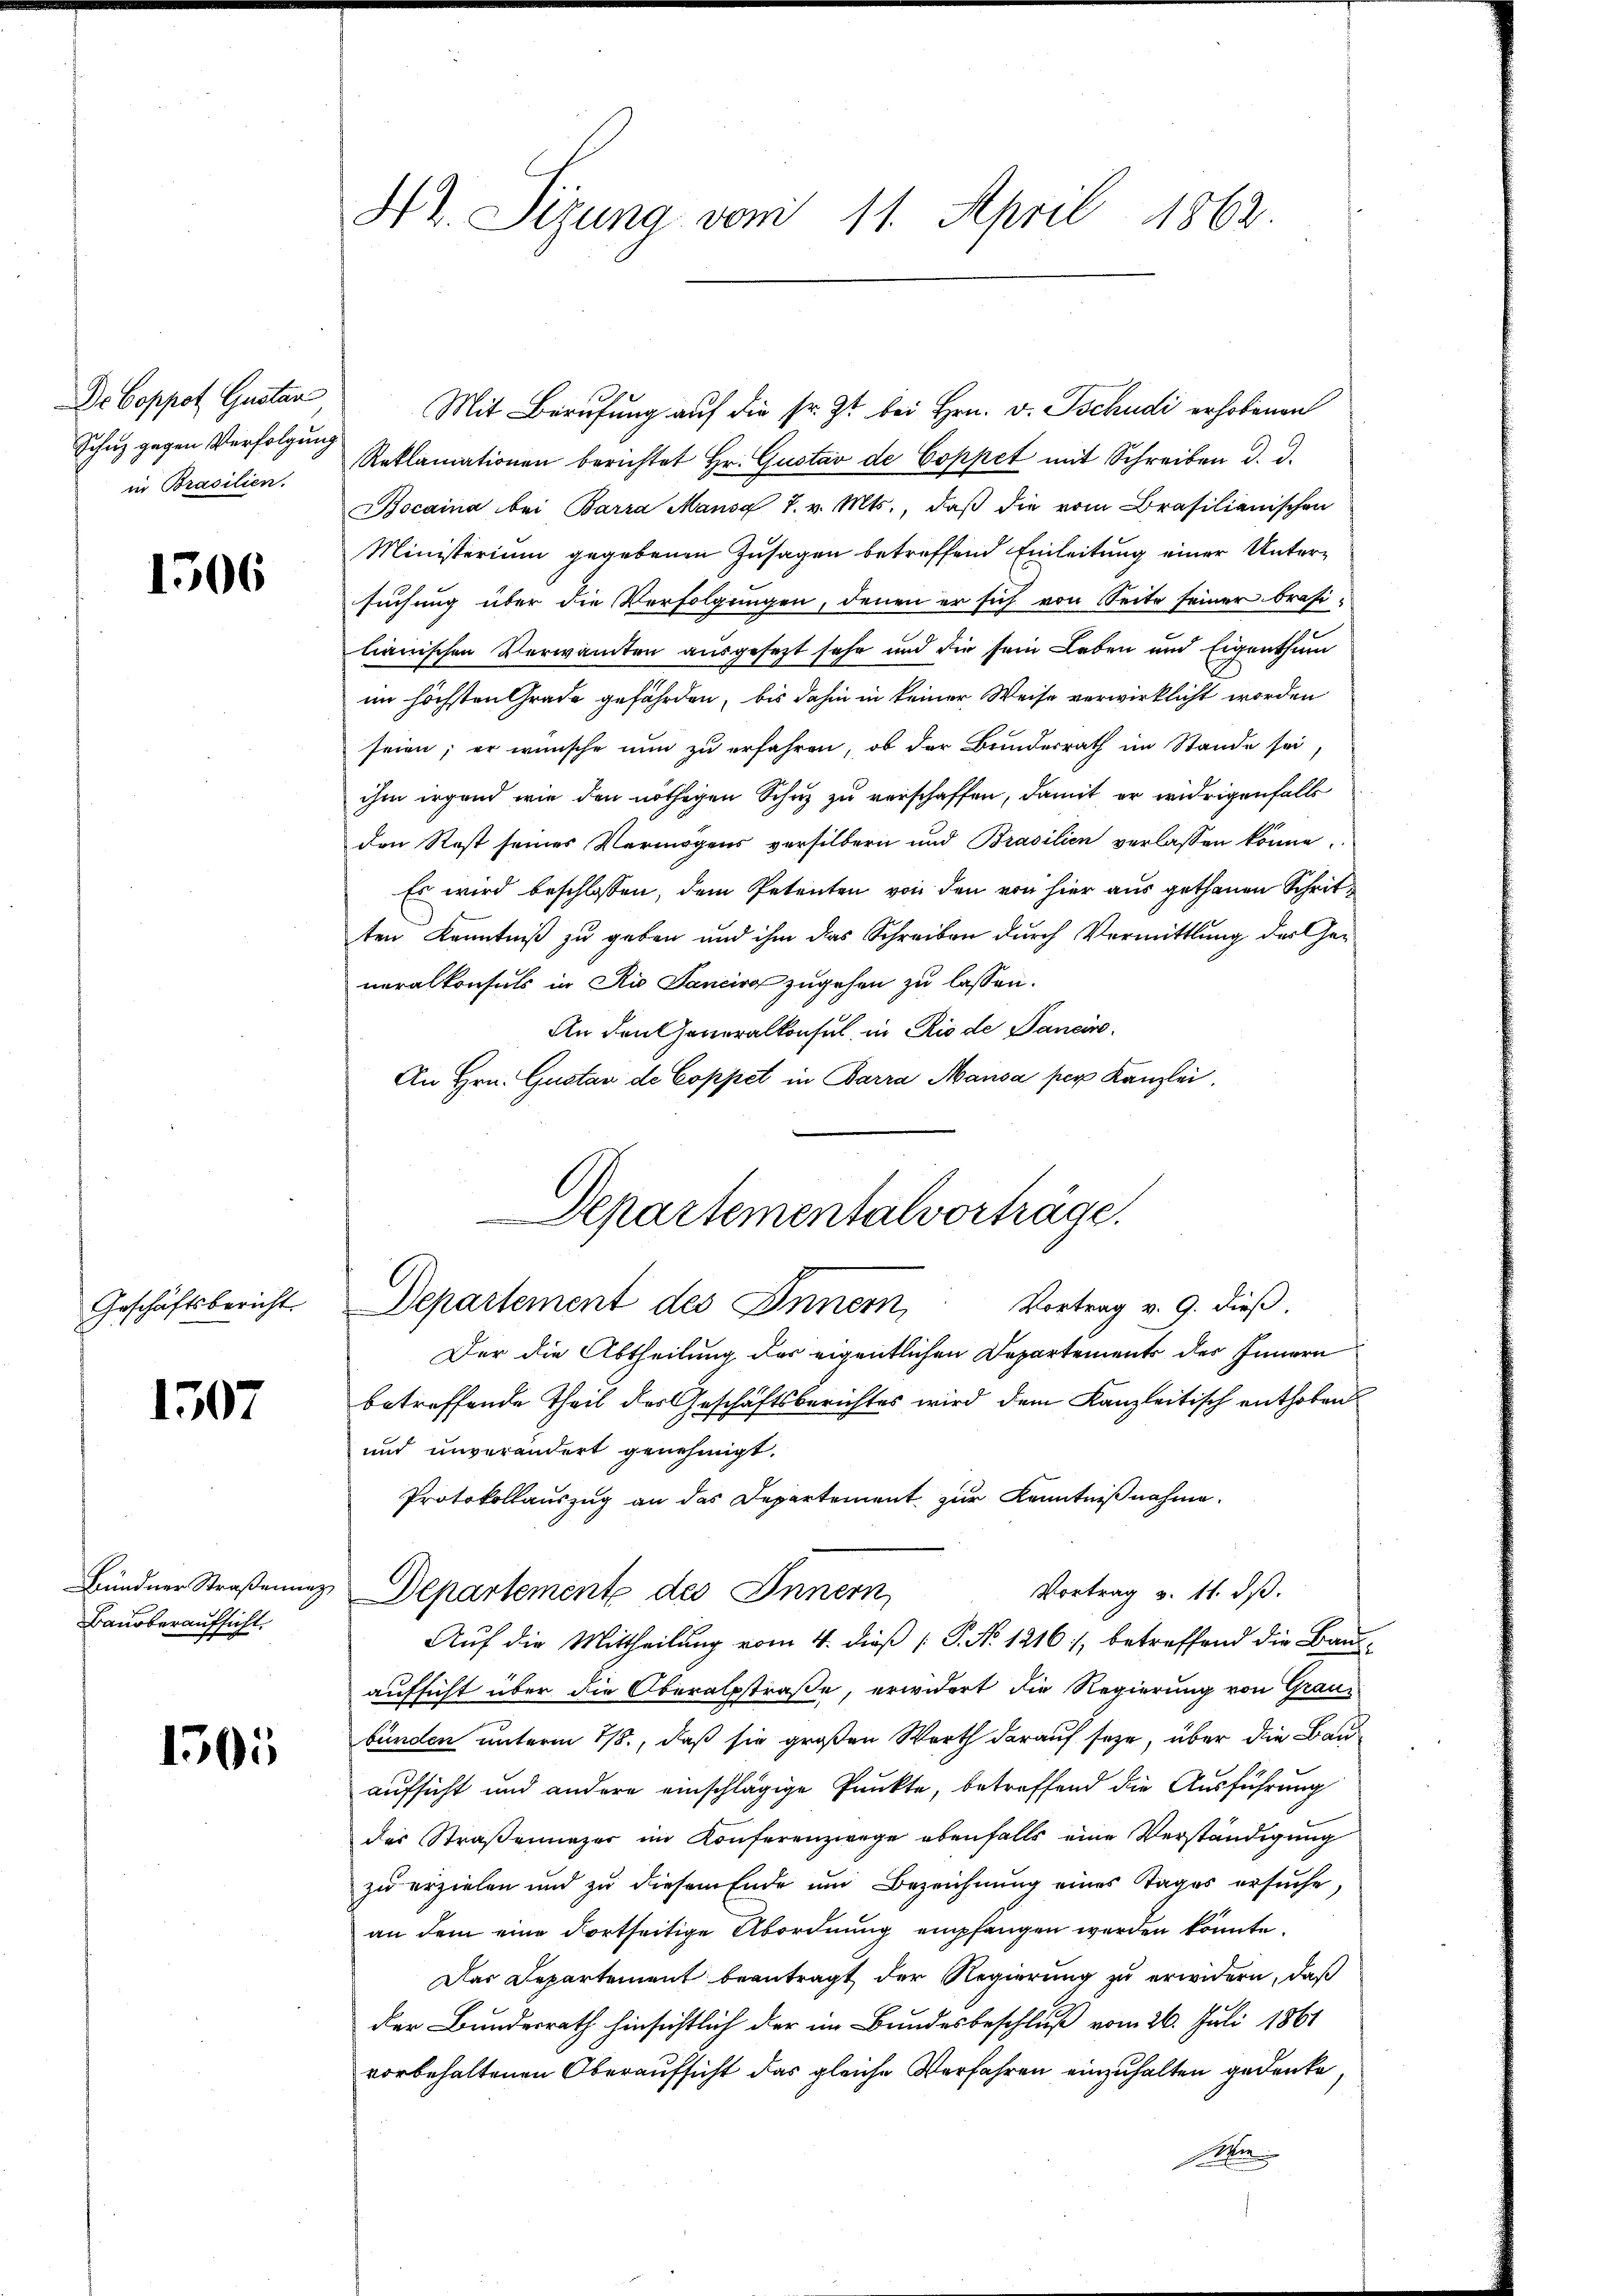
Dr Coppot Gustan
Schuz gegen Verfolgung
in Brasilien.

1506

Geschäftsbericht

1507

Bündner Straßenunz,
Bauberaufsicht.

1505

Hr. Sizung vom 11. April 1862.

Mit Berufung auf die sr. Zt. bei Hrn. v. Tschudi erhobenen
Reklamationen berichtet Hr. Gustav de Coppet mit Schreiben d. d.
Bocaina bei Barra Mansg 7. v. Mts., daß die vom Brasilianischen
Ministerium gegebenen Zusagen betreffend Einleitung einer Untersuchung über die Verfolgungen, denen er sich von Seite seiner brasi-
lianischen Verwanten ausgesezt sehr und die sein Leben und Eigenthum
im höchsten Grade gefährden, bis dahin in keiner Weise verwirklicht worden
seien; er wünsche nun zu erfahren, ob der Bundesrath im Stande sei
ihm irgend wie den nöthigen Schuz zu verschaffen, damit er widrigenfalls
den Rost seines Vermögens versilbern und Brasilien verlassen könne.
Es wird beschlossen, dem Petenten von den von hier aus gethanen Schritten Kenntniß zu geben und ihm das Schreiben durch Vormittlung der Ge-
neralkonsuls in Rio Sancirg zugehen zu lassen.
An den Generalkonsul, in Rio de Pancire
An Hrn. Gustav de Coppet in Barra Mausa per Kanzlei

Departementalvorträge.
Departement des Innern, Vortrag v. 9. dieβ.

Der die Abtheilung der eigentlichen Departements des Innern
betreffende Theil des Geschäftsberichtes wird dem Kanzleitisch enthoben
und unverändert genehmigt.
Protokollauszug an das Departement zur Kenntnißnahme.
Vortrag v. 11. ds.
Departement des Innern,
Auf die Mittheilung vom 4. dieß P. No 1216), betreffend die Bau-
aufsicht über die Oberalpstraße, erwidert die Regierung von Graubunden unterm 15., daß sie großen Werth darauf seze, über die Bauaufsicht und andere einschlägige Punkte, betreffend die Ausführung
der Straßennazer im Konferenzwege ebenfalls eine Verständigung
zu erzielen und zu diesem Ende um Bezeichnung eines Tages ersuche,
an dem eine dortseitige Abordnung empfangen werden könnte.
Das Departement beantragt der Regierung zu erwidern, daß
der Bundesrath hinsichtlich der im Bundesbeschluß vom 26. Juli 1861
vorbehaltenen Oberaufsicht das gleiche Verfahren einzuhalten gedenke
Mem